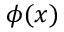
\phi ( x )